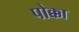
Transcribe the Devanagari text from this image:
पोक्का